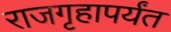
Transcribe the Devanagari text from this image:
राजगृहापर्यंत